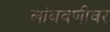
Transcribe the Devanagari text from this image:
लांबवणीवर